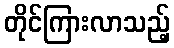
တိုင်ကြားလာသည့်